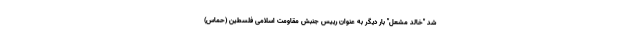
شد "خالد مشعل" بار دیگر به عنوان رییس جنبش مقاومت اسلامی فلسطین (حماس)